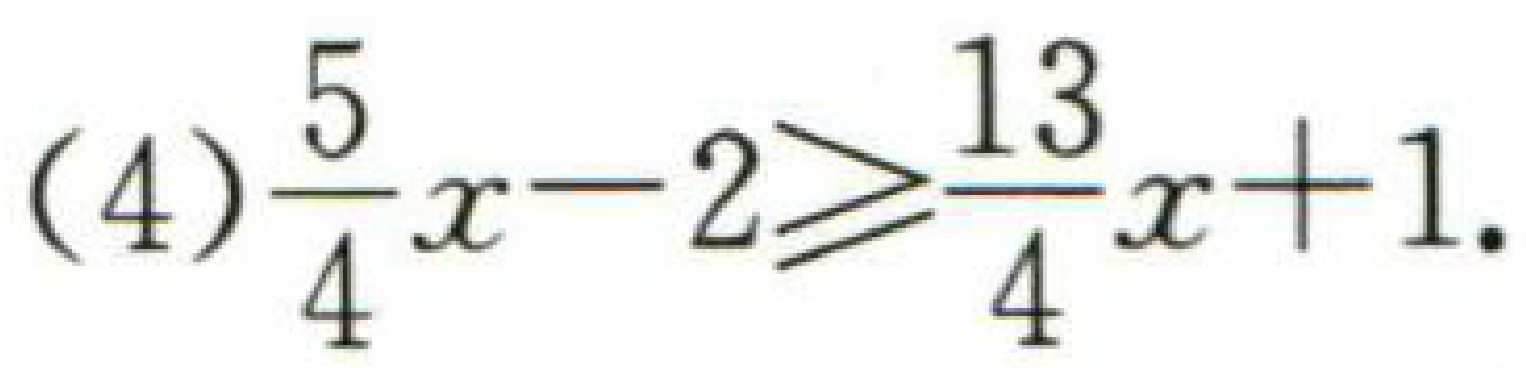
(4)$\frac{5}{4}x - 2\geqslant\frac{13}{4}x + 1$.